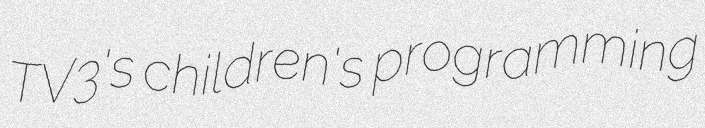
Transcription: TV3's children's programming